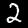
Digit: 2